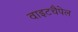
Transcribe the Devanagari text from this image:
वाइटचैपेल